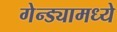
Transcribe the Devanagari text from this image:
गेन्ड्यामध्ये